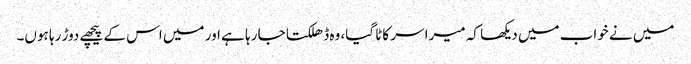
میں نے خواب میں دیکھا کہ میرا سر کاٹا گیا، وہ ڈھلکتا جا رہا ہے اور میں اس کے پیچھے دوڑ رہا ہوں۔